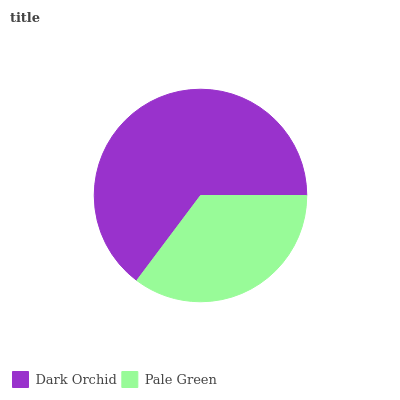
| Dark Orchid | Pale Green |
 | --- | --- |
 | 64.8% | 35.2% |